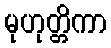
မုဟုတ္တိကာ